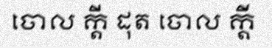
ចោល ក្តី ដុត ចោល ក្តី